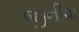
જીનીવા